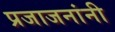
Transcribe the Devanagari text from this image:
प्रजाजनांनी